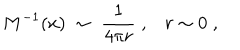
M ^ { - 1 } ( x ) \; \sim \; \frac { 1 } { 4 \pi r } \; , r \sim 0 \; ,